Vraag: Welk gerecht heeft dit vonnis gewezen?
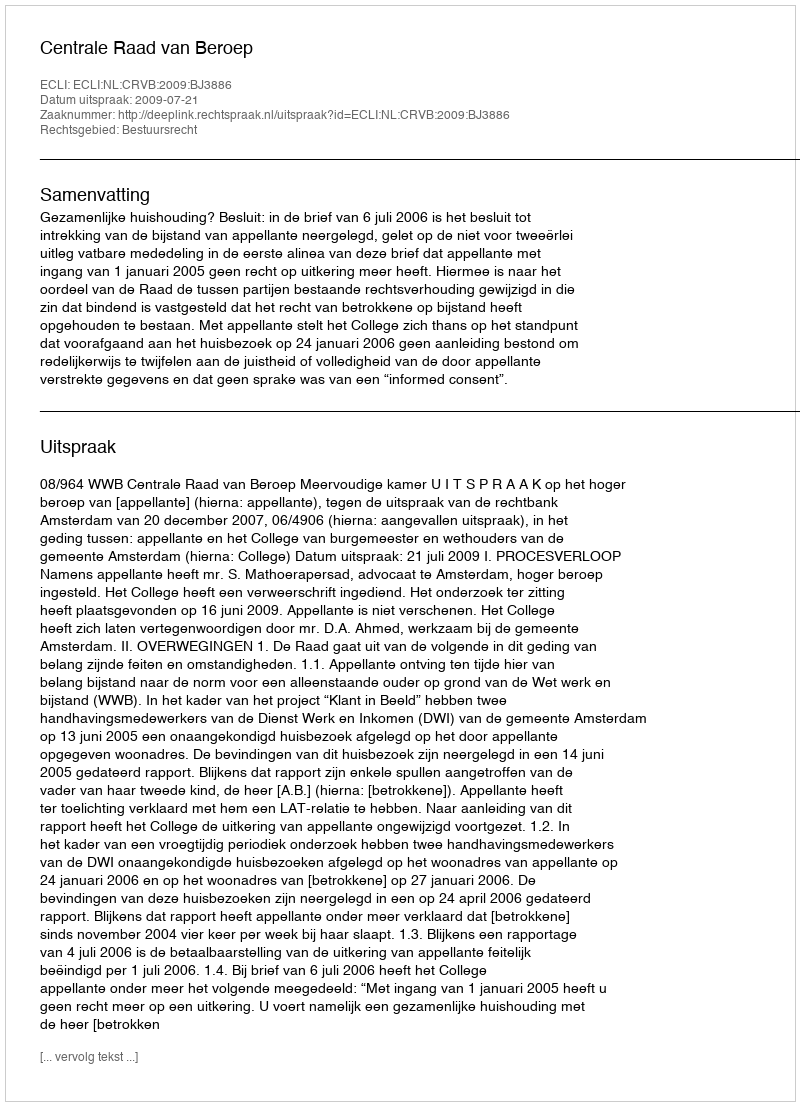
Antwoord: Centrale Raad van Beroep